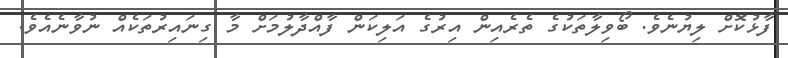
ފާޅުކޮށް ލިޔުނެވެ. ބޯވިލާތަކުގެ ތެރެއިން އިރުގެ އަލިކަން ފާއްދާލުމަށް މާ ގިނައިރުތަކެއް ނުވާނެއެވެ.